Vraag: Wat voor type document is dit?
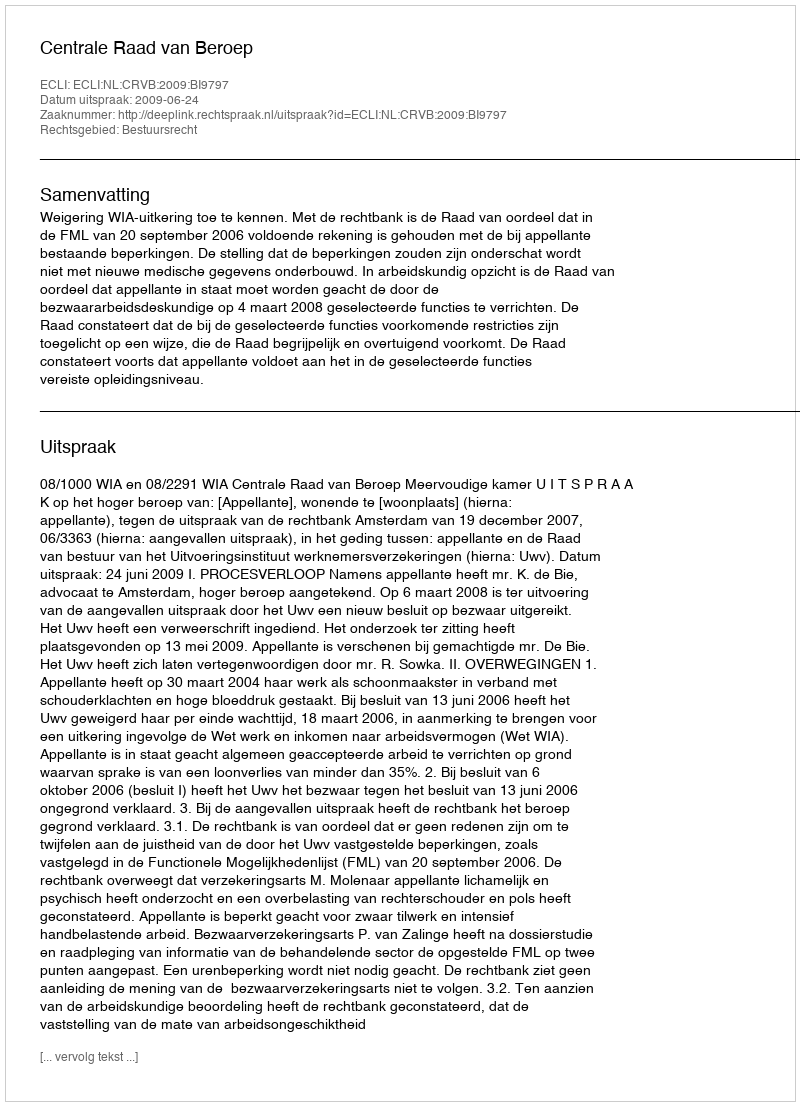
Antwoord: Uitspraak